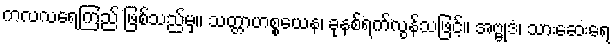
ကလလရေကြည် ဖြစ်သည်မှ။ သတ္တာဟစ္စယေန၊ ခုနစ်ရက်လွန်သဖြင့်။ အဗ္ဗုဒံ၊ သားဆေးရေ